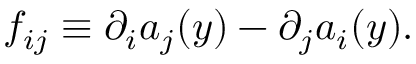
f _ { i j } \equiv \partial _ { i } a _ { j } ( y ) - \partial _ { j } a _ { i } ( y ) .